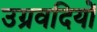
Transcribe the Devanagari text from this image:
उग्रवदियों